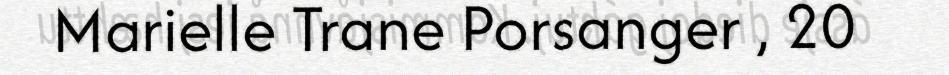
Marielle Trane Porsanger , 20